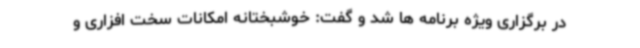
در برگزاری ویژه برنامه ها شد و گفت: خوشبختانه امکانات سخت افزاری و